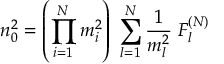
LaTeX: n _ { 0 } ^ { 2 } = \left( \prod _ { i = 1 } ^ { N } m _ { i } ^ { 2 } \right) \; \sum _ { l = 1 } ^ { N } \frac { 1 } { m _ { l } ^ { 2 } } \; F _ { l } ^ { ( N ) }